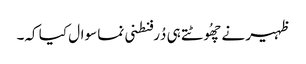
ظہیر نے چھُوٹتے ہی دُرفنطنی نما سوال کیا کہ۔